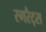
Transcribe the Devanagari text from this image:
रगरैट्स